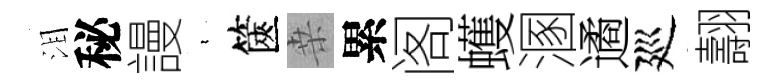
泪秘謾裊篋桒累阁蠖溷遹廵翿